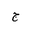
Letter: _gim